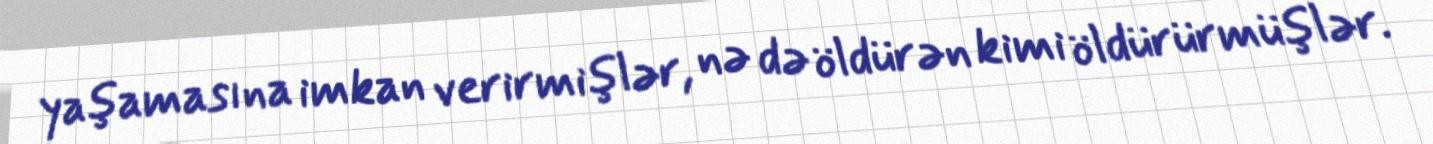
yaşamasına imkan verirmişlər, nə də öldürən kimi öldürürmüşlər.